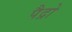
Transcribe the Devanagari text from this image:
पैद्रो